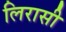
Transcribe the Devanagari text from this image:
लिरासी